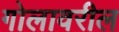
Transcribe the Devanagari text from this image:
गोलावरील